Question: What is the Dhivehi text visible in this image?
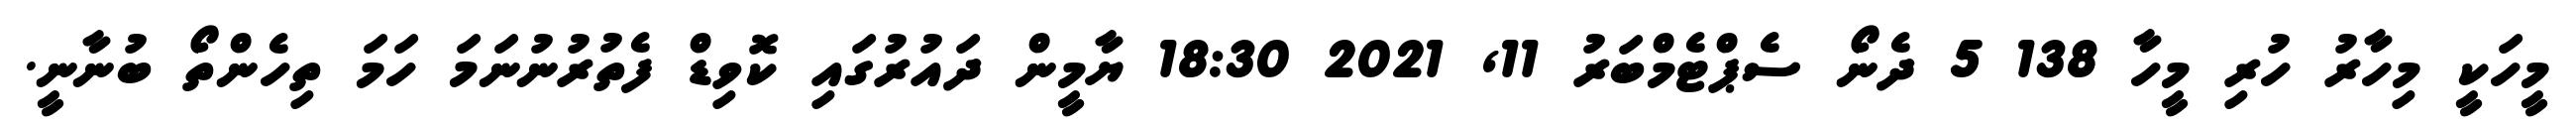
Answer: މީހަކީ މިހާރު ހުރި މީހާ 138 5 ދެނޯ ސެޕްޓެމްބަރު 11, 2021 18:30 ޔާމީން ދައުރުގައި ކޮވިޑް ފެތުރުނުނަމަ ހަމަ ތިހެންތޯ ބުނާނީ.